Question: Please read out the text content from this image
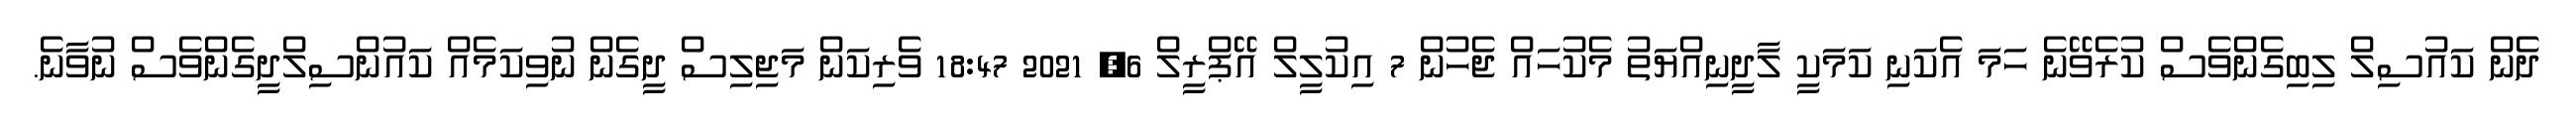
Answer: ދެން ކައުސިލް ލިބިގެންވެސް ކުރެވޭނެ ހަމަ އެކަނި ކަމަކީ ލާދީނިއްޔަތު މެކުހައް ޖެހުން 7 އިކުލީލް އޭޕްރީލް 6, 2021 18:47 ވެރިކަން މަޖިލިސް ދީގެން ނުވިކަމެއް ކައުންސިލްދީގެންވެސް ނުވާނެ.